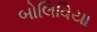
બોલિવિયા